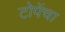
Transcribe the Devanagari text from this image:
टोपेंचा